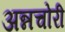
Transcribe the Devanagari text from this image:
अन्नचोरी